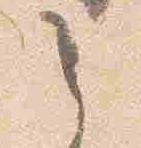
之